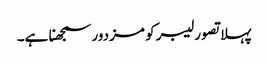
پہلا تصور لیبر کو مزدور سمجھنا ہے۔